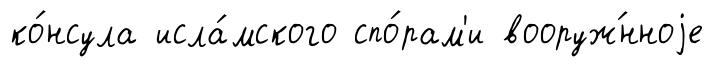
ко́нсула исла́мского спо́рам'и вооруж́нноjе